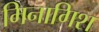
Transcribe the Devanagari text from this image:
मिनागिश